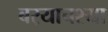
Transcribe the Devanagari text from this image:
बर्‍याचश्या